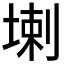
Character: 𱗌